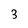
Character: 3